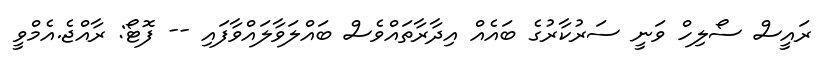
ރައީސް ސޯލިހް ވަނީ ސަރުކާރުގެ ބައެއް އިދާރާތައްވެސް ބައްލަވާލައްވާފައި -- ފޮޓޯ: ރާއްޖެ.އެމްވީ